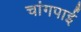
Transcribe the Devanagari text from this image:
चांगपाई